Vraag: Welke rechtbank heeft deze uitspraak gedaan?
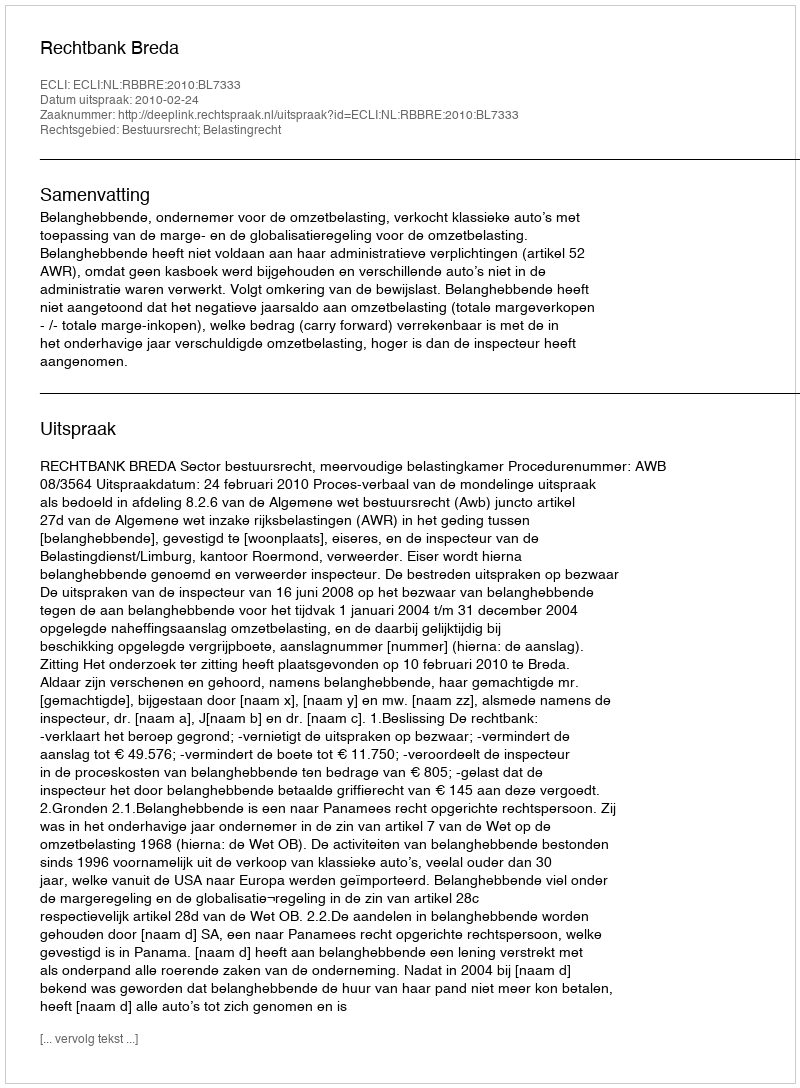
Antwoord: Rechtbank Breda